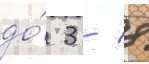
до́ 3 / 8